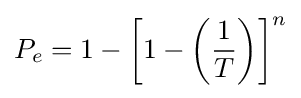
P_{e}=1-\left[1-\left({\frac {1}{T}}\right)\right]^{n}